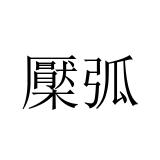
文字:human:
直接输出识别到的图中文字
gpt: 檿弧